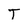
Character: T